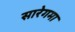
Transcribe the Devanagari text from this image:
सारेगमा